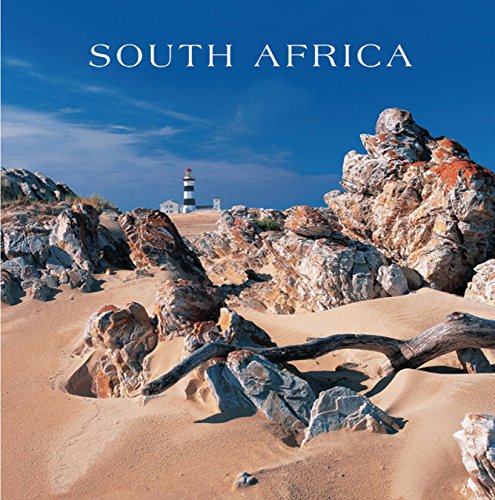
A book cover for South Africa; Sean Fraser; Travel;